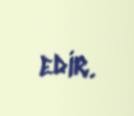
edir.